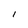
Character: I